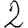
Digit: 2